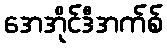
အေအိုင်ဒီအက်စ်